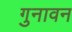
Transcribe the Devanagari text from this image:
गुनावन